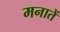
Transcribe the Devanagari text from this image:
मनातें